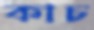
কাচ